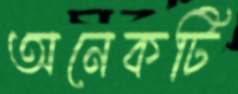
অনেকটি